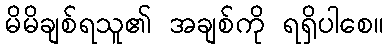
မိမိချစ်ရသူ၏ အချစ်ကို ရရှိပါစေ။